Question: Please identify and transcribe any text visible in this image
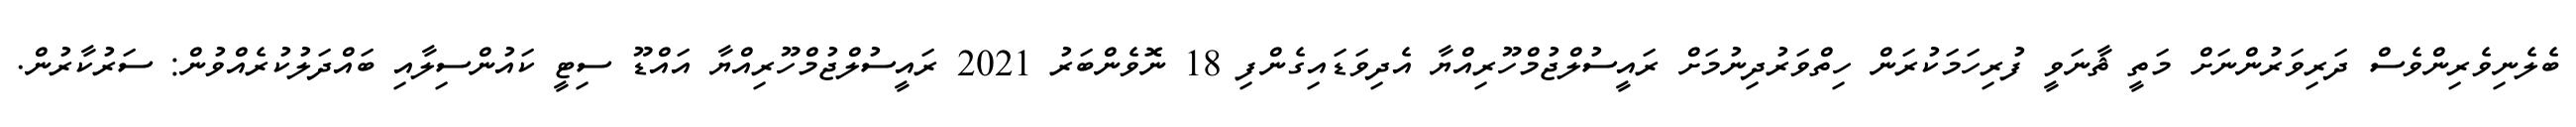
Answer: ބެލެނިވެރިންވެސް ދަރިވަރުންނަށް މަތީ ޘާނަވީ ފުރިހަމަކުރަން ހިތްވަރުދިނުމަށް ރައީސުލްޖުމްހޫރިއްޔާ އެދިވަޑައިގެންފި 18 ނޮވެންބަރު 2021 ރައީސުލްޖުމްހޫރިއްޔާ އައްޑޫ ސިޓީ ކައުންސިލާއި ބައްދަލުކުރެއްވުން: ސަރުކާރުން.